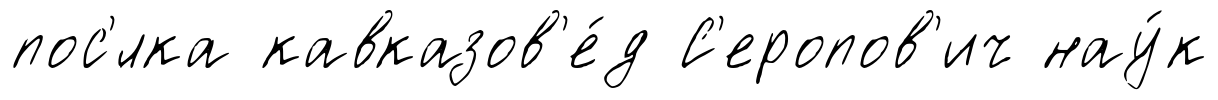
пос'́лка кавказов'е́д С'еропов'ич нау́к